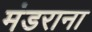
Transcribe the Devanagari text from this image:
मंडराना